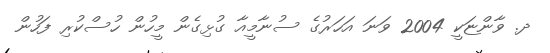
ދ. ވާންޏަކީ 2004 ވަނަ އަހަރުގެ ސުނާމީއާ ގުޅިގެން މީހުން ހުސްކުރި ފަހުން